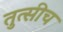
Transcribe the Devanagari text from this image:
तुत्‍सीच